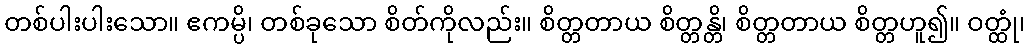
တစ်ပါးပါးသော။ ဧကမ္ပိ၊ တစ်ခုသော စိတ်ကိုလည်း။ စိတ္တတာယ စိတ္တန္တိ၊ စိတ္တတာယ စိတ္တဟူ၍။ ဝတ္ထုံ၊